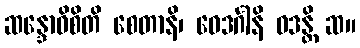
ဆန္ဒောဝိစိတိ စေတာနိ၊ ဝေဒင်္ဂါနိ ဝဒန္တိ ဆ။